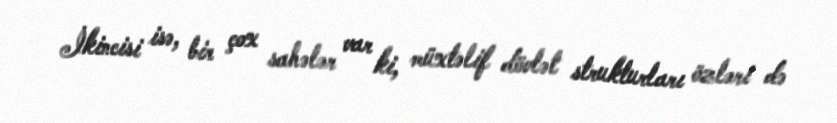
İkincisi isə, bir çox sahələr var ki, müxtəlif dövlət strukturları özləri də